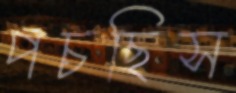
পচছিস